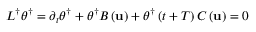
{ \cal L } ^ { \dagger } \boldsymbol { \theta } ^ { \dagger } = \partial _ { t } \boldsymbol { \theta } ^ { \dagger } + \boldsymbol { \theta } ^ { \dagger } { \cal B } \left( { \bf u } \right) + \boldsymbol { \theta } ^ { \dagger } \left( t + T \right) { \cal C } \left( { \bf u } \right) = 0